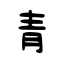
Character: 青